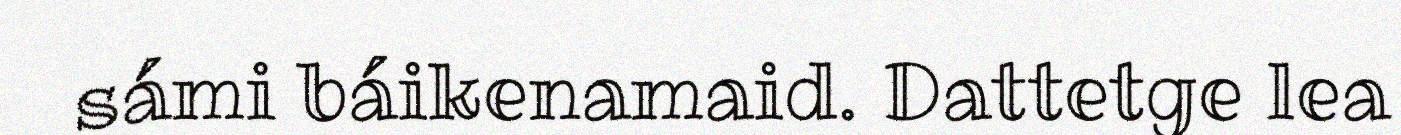
sámi báikenamaid. Dattetge lea